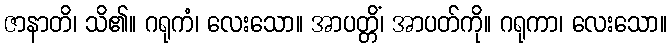
ဇာနာတိ၊ သိ၏။ ဂရုကံ၊ လေးသော။ အာပတ္တိံ၊ အာပတ်ကို။ ဂရုကာ၊ လေးသော။